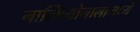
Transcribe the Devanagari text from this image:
नात्सियोनालामध्ये